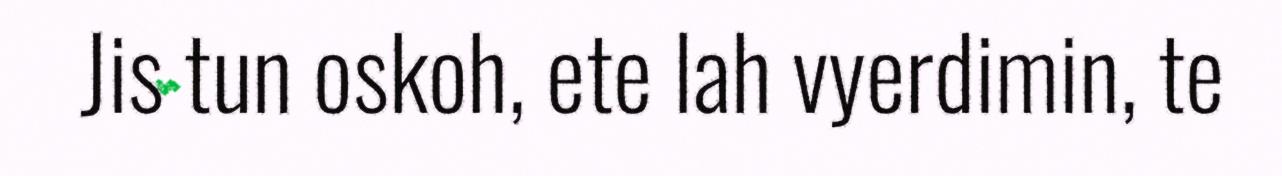
Jis tun oskoh, ete lah vyerdimin, te